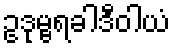
ဥဒုမ္ဗရခါဒီဝါယံ